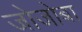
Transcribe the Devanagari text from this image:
जोजोबा